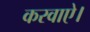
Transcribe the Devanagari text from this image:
करवाऐ।